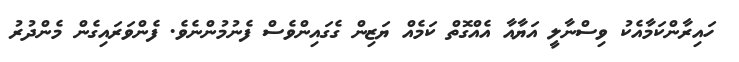
ހައިރާންކަމާއެކު ވިސްނާލީ އަޔާއާ އެއްގޮތް ކަމެއް ޔަޒިން ގެގައިންވެސް ފެނުމުންނެވެ. ފެންވަރައިގެން މެންދުރު